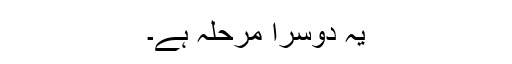
یہ دوسرا مرحلہ ہے۔